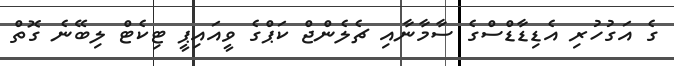
ގެ އަގުހުރި އެޑިޑާޑްސްގެ ސާމާނާއި ޗެލެންޖް ކަޕްގެ ވީއައިޕީ ޓިކެޓް ލިބޭނެ ގޮތް